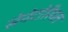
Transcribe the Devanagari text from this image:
सेनेटोरियल